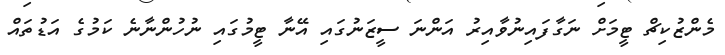
މެންޒުކިޗް ޓީމަށް ނަގާފައިނުވާއިރު އަންނަ ސީޒަނުގައި އޭނާ ޓީމުގައި ނުހުންނާނެ ކަމުގެ އަޑުތައް